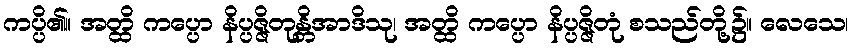
ကပ္ပိ၏။ အတ္ထိ ကပ္ပော နိပ္ပဇ္ဇိတုန္တိအာဒိသု၊ အတ္ထိ ကပ္ပော နိပ္ပဇ္ဇိတုံ စသည်တို့၌။ လေသေ၊